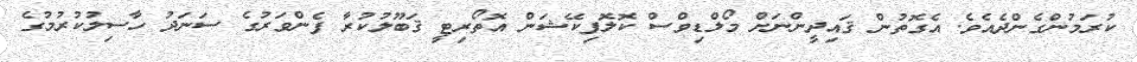
ކުރަމުންގެންދެއެވެ. އެގޮތުން ޤައިދީންނަށް މޯލްޑިވްސް ކޮލޮފިކޭޝަން އޮތޯރިޓީ ޤަބޫލުކުރާ ފެންވަރުގެ ސަނަދު ހާސިލުކުރުމުގެ